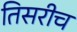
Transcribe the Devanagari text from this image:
तिसरीच